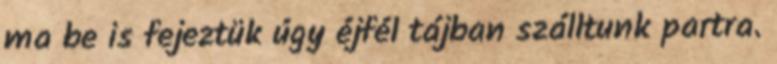
ma be is fejeztük úgy éjfél tájban szálltunk partra.